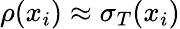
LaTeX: \rho(x_{i})\approx\sigma_{T}(x_{i})